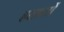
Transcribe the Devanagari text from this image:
हरक़तों